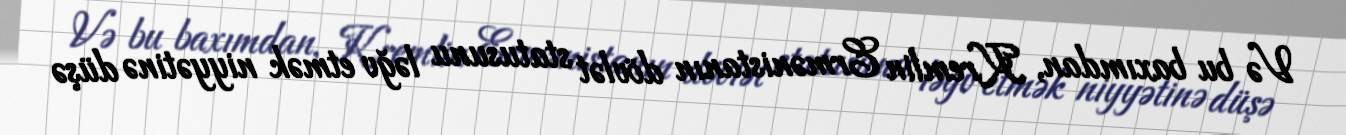
Və bu baxımdan, Kremlin Ermənistanın dövlət statusunu ləğv etmək niyyətinə düşə